Scottish Leaving Certificate Examination, 1954
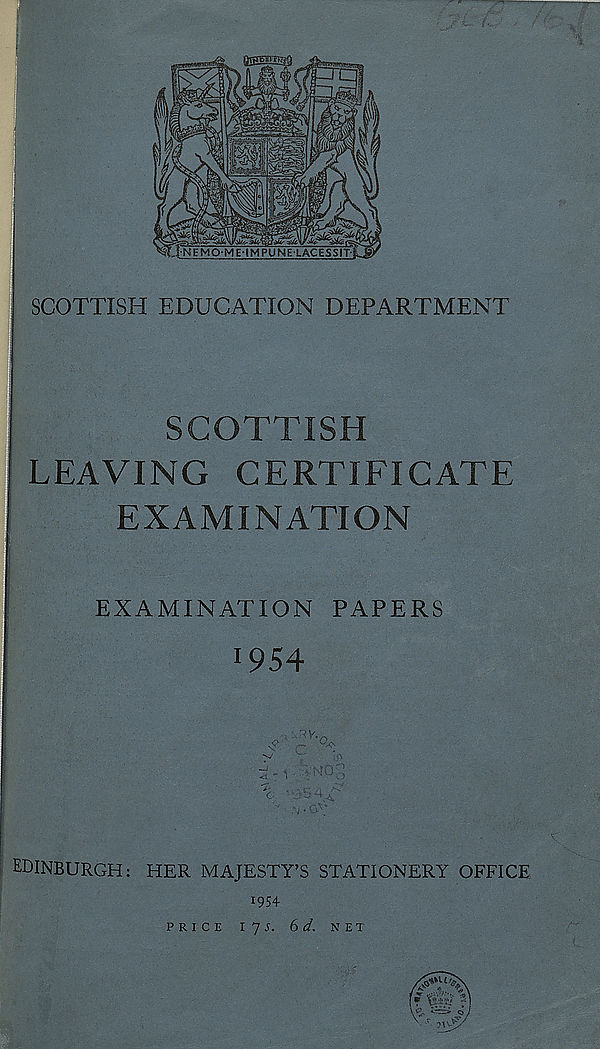
QfWeiPgWiQ
i
gas
INEMOME-IMPUNELACESSIT
f*(^546
agyaWaa- -MH> •yr-M
■I-N E MO-ME
SCOTTISH EDUCATION DEPARTMENT
SCOTTISH
LEAVING CERTIFICATE
EXAMINATION
EXAMINATION PAPERS
1 954
*0
EDINBURGH: HER MAJESTY’S STATIONERY OFFICE
054
PRICE
175. 6 d. NET